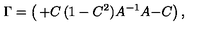
\Gamma = \left( \begin{matrix} { + C } & { ( 1 - C ^ { 2 } ) A ^ { - 1 } } \\ { A } & { - C } \\ \end{matrix} \right) ,